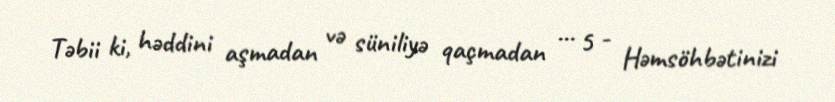
Təbii ki, həddini aşmadan və süniliyə qaçmadan ... 5 - Həmsöhbətinizi